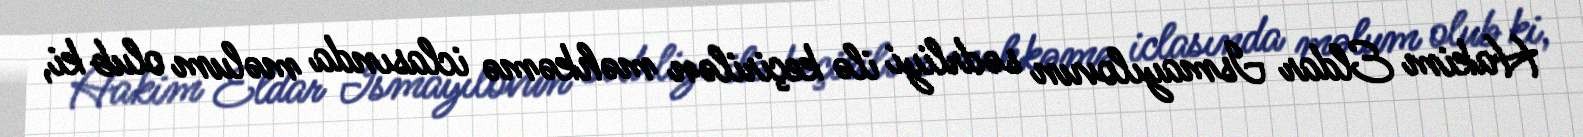
Hakim Eldar Ismayılovun sədrliyi ilə keçirilən məhkəmə iclasında məlum olub ki,